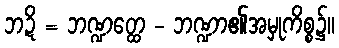
ဘဍိ = ဘဏ္ဍတ္ထေ - ဘဏ္ဍာ၏အမှုကိစ္စ၌။